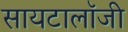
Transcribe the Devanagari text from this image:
सायटालॉजी